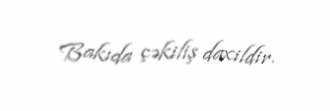
Bakıda çəkiliş daxildir.